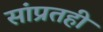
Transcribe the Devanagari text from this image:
सांप्रतही